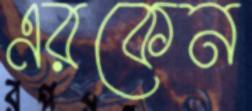
এরকেন